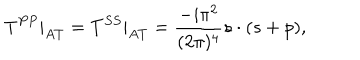
T ^ { P P } | _ { A T } = T ^ { S S } | _ { A T } = \frac { - i \pi ^ { 2 } } { ( 2 \pi ) ^ { 4 } } s \cdot ( s + p ) ,